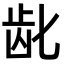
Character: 龀